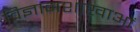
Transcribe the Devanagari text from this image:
विज्ञानशाखाओं